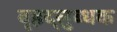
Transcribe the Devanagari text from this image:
बृहद्‌लुब्धक